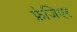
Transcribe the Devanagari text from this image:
फ्रेजिएर